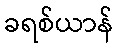
ခရစ်ယာန်